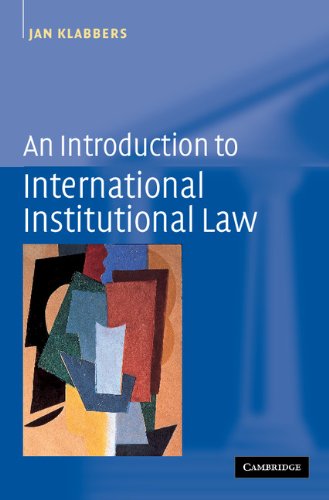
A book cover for An Introduction to International Institutional Law; Jan Klabbers; Law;